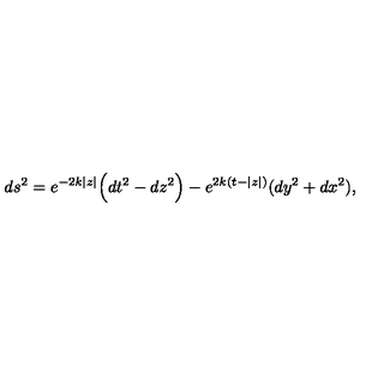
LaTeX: d s ^ { 2 } = e ^ { - 2 k | z | } \Big ( d t ^ { 2 } - d z ^ { 2 } \Big ) - e ^ { 2 k ( t - | z | ) } ( d y ^ { 2 } + d x ^ { 2 } ) ,